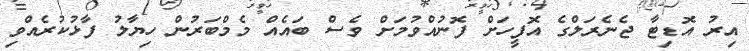
އިރު އޮޑިޓާ ޖެނެރަލްގެ އޮފީހަށް ފޮނުއްވުމަށް ވެސް ބައެއް މެމްބަރުން ހިޔާލު ފާޅުކުރެއްވި